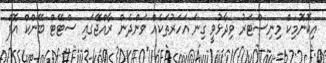
އިކޮނޮމިކް މިނިސްޓަރު ވިދާޅުވީ ގިނަ އަހަރުތަކެއް ވަންދެން ރާއްޖޭގައި ސްޓޭޓް ބޭންކް އޮފް